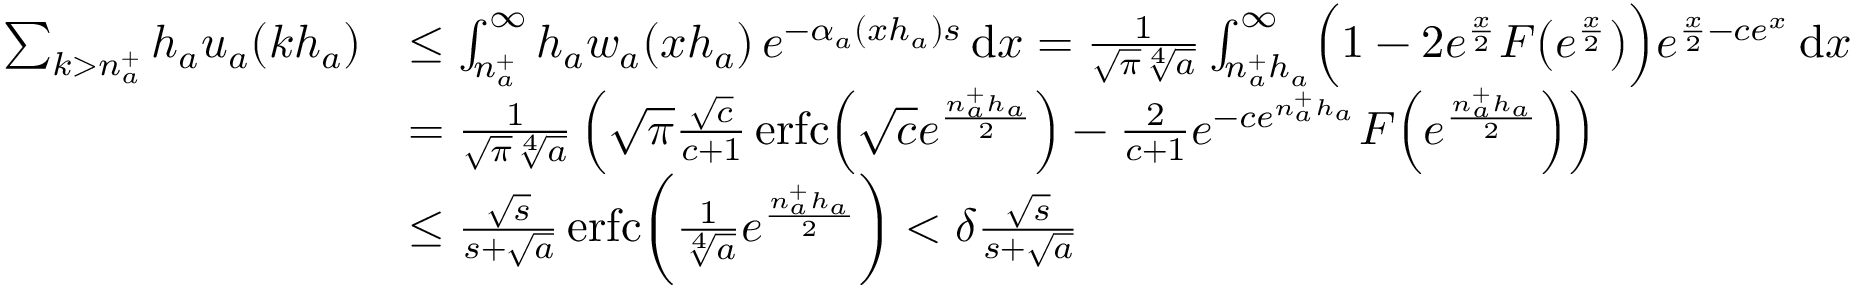
\begin{array} { r l } { \sum _ { k > n _ { a } ^ { + } } h _ { a } u _ { a } ( k h _ { a } ) } & { \leq \int _ { n _ { a } ^ { + } } ^ { \infty } h _ { a } w _ { a } ( x h _ { a } ) \, e ^ { - \alpha _ { a } ( x h _ { a } ) s } \, \mathrm { d } x = \frac { 1 } { \sqrt { \pi } \sqrt [ 4 ] { a } } \int _ { n _ { a } ^ { + } h _ { a } } ^ { \infty } \Bigl ( 1 - 2 e ^ { \frac { x } { 2 } } F \bigl ( e ^ { \frac { x } { 2 } } \bigr ) \Bigr ) e ^ { \frac { x } { 2 } - c e ^ { x } } \, \mathrm { d } x } \\ & { = \frac { 1 } { \sqrt { \pi } \sqrt [ 4 ] { a } } \left( \sqrt { \pi } \frac { \sqrt { c } } { c + 1 } \operatorname { e r f c } \Bigl ( \sqrt { c } e ^ { \frac { n _ { a } ^ { + } h _ { a } } { 2 } } \Bigr ) - \frac { 2 } { c + 1 } e ^ { - c e ^ { n _ { a } ^ { + } h _ { a } } } F \Bigl ( e ^ { \frac { n _ { a } ^ { + } h _ { a } } { 2 } } \Bigr ) \right) } \\ & { \leq \frac { \sqrt { s } } { s + \sqrt { a } } \operatorname { e r f c } \biggl ( \frac { 1 } { \sqrt [ 4 ] { a } } e ^ { \frac { n _ { a } ^ { + } h _ { a } } { 2 } } \biggr ) < \delta \frac { \sqrt { s } } { s + \sqrt { a } } } \end{array}